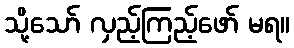
သို့သော် လှည့်ကြည့်ဖော် မရ။